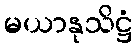
မယာနုသိဋ္ဌံ